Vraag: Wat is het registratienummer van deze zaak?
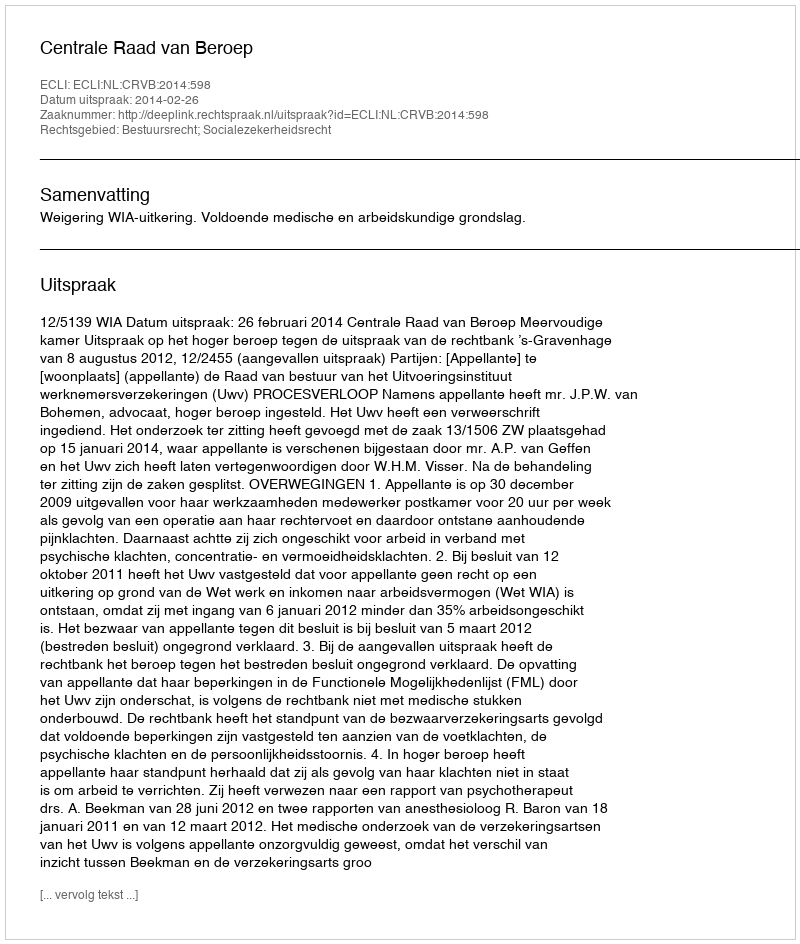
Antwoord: http://deeplink.rechtspraak.nl/uitspraak?id=ECLI:NL:CRVB:2014:598